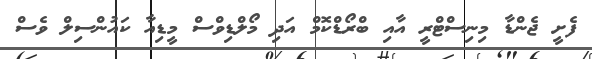
ފެށީ ޖެންޑާ މިނިސްޓްރީ އާއި ބްރޯޑްކޮމް އަދި މޯލްޑިވްސް މީޑިއާ ކައުންސިލް ވެސް